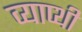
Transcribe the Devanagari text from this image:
व्याप्थी